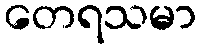
တေရသမာ